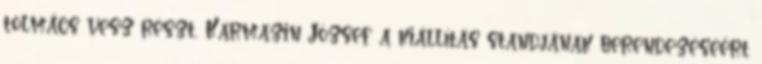
tolmács vesz részt, Karmazin József a kiállítás standjának berendezéséért